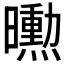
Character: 𭨌